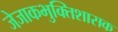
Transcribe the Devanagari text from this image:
जेजाकभुक्तिशासक